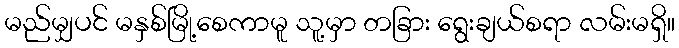
မည်မျှပင် မနှစ်မြို့စေကာမူ သူ့မှာ တခြား ရွေးချယ်စရာ လမ်းမရှိ။